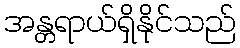
အန္တရာယ်ရှိနိုင်သည်